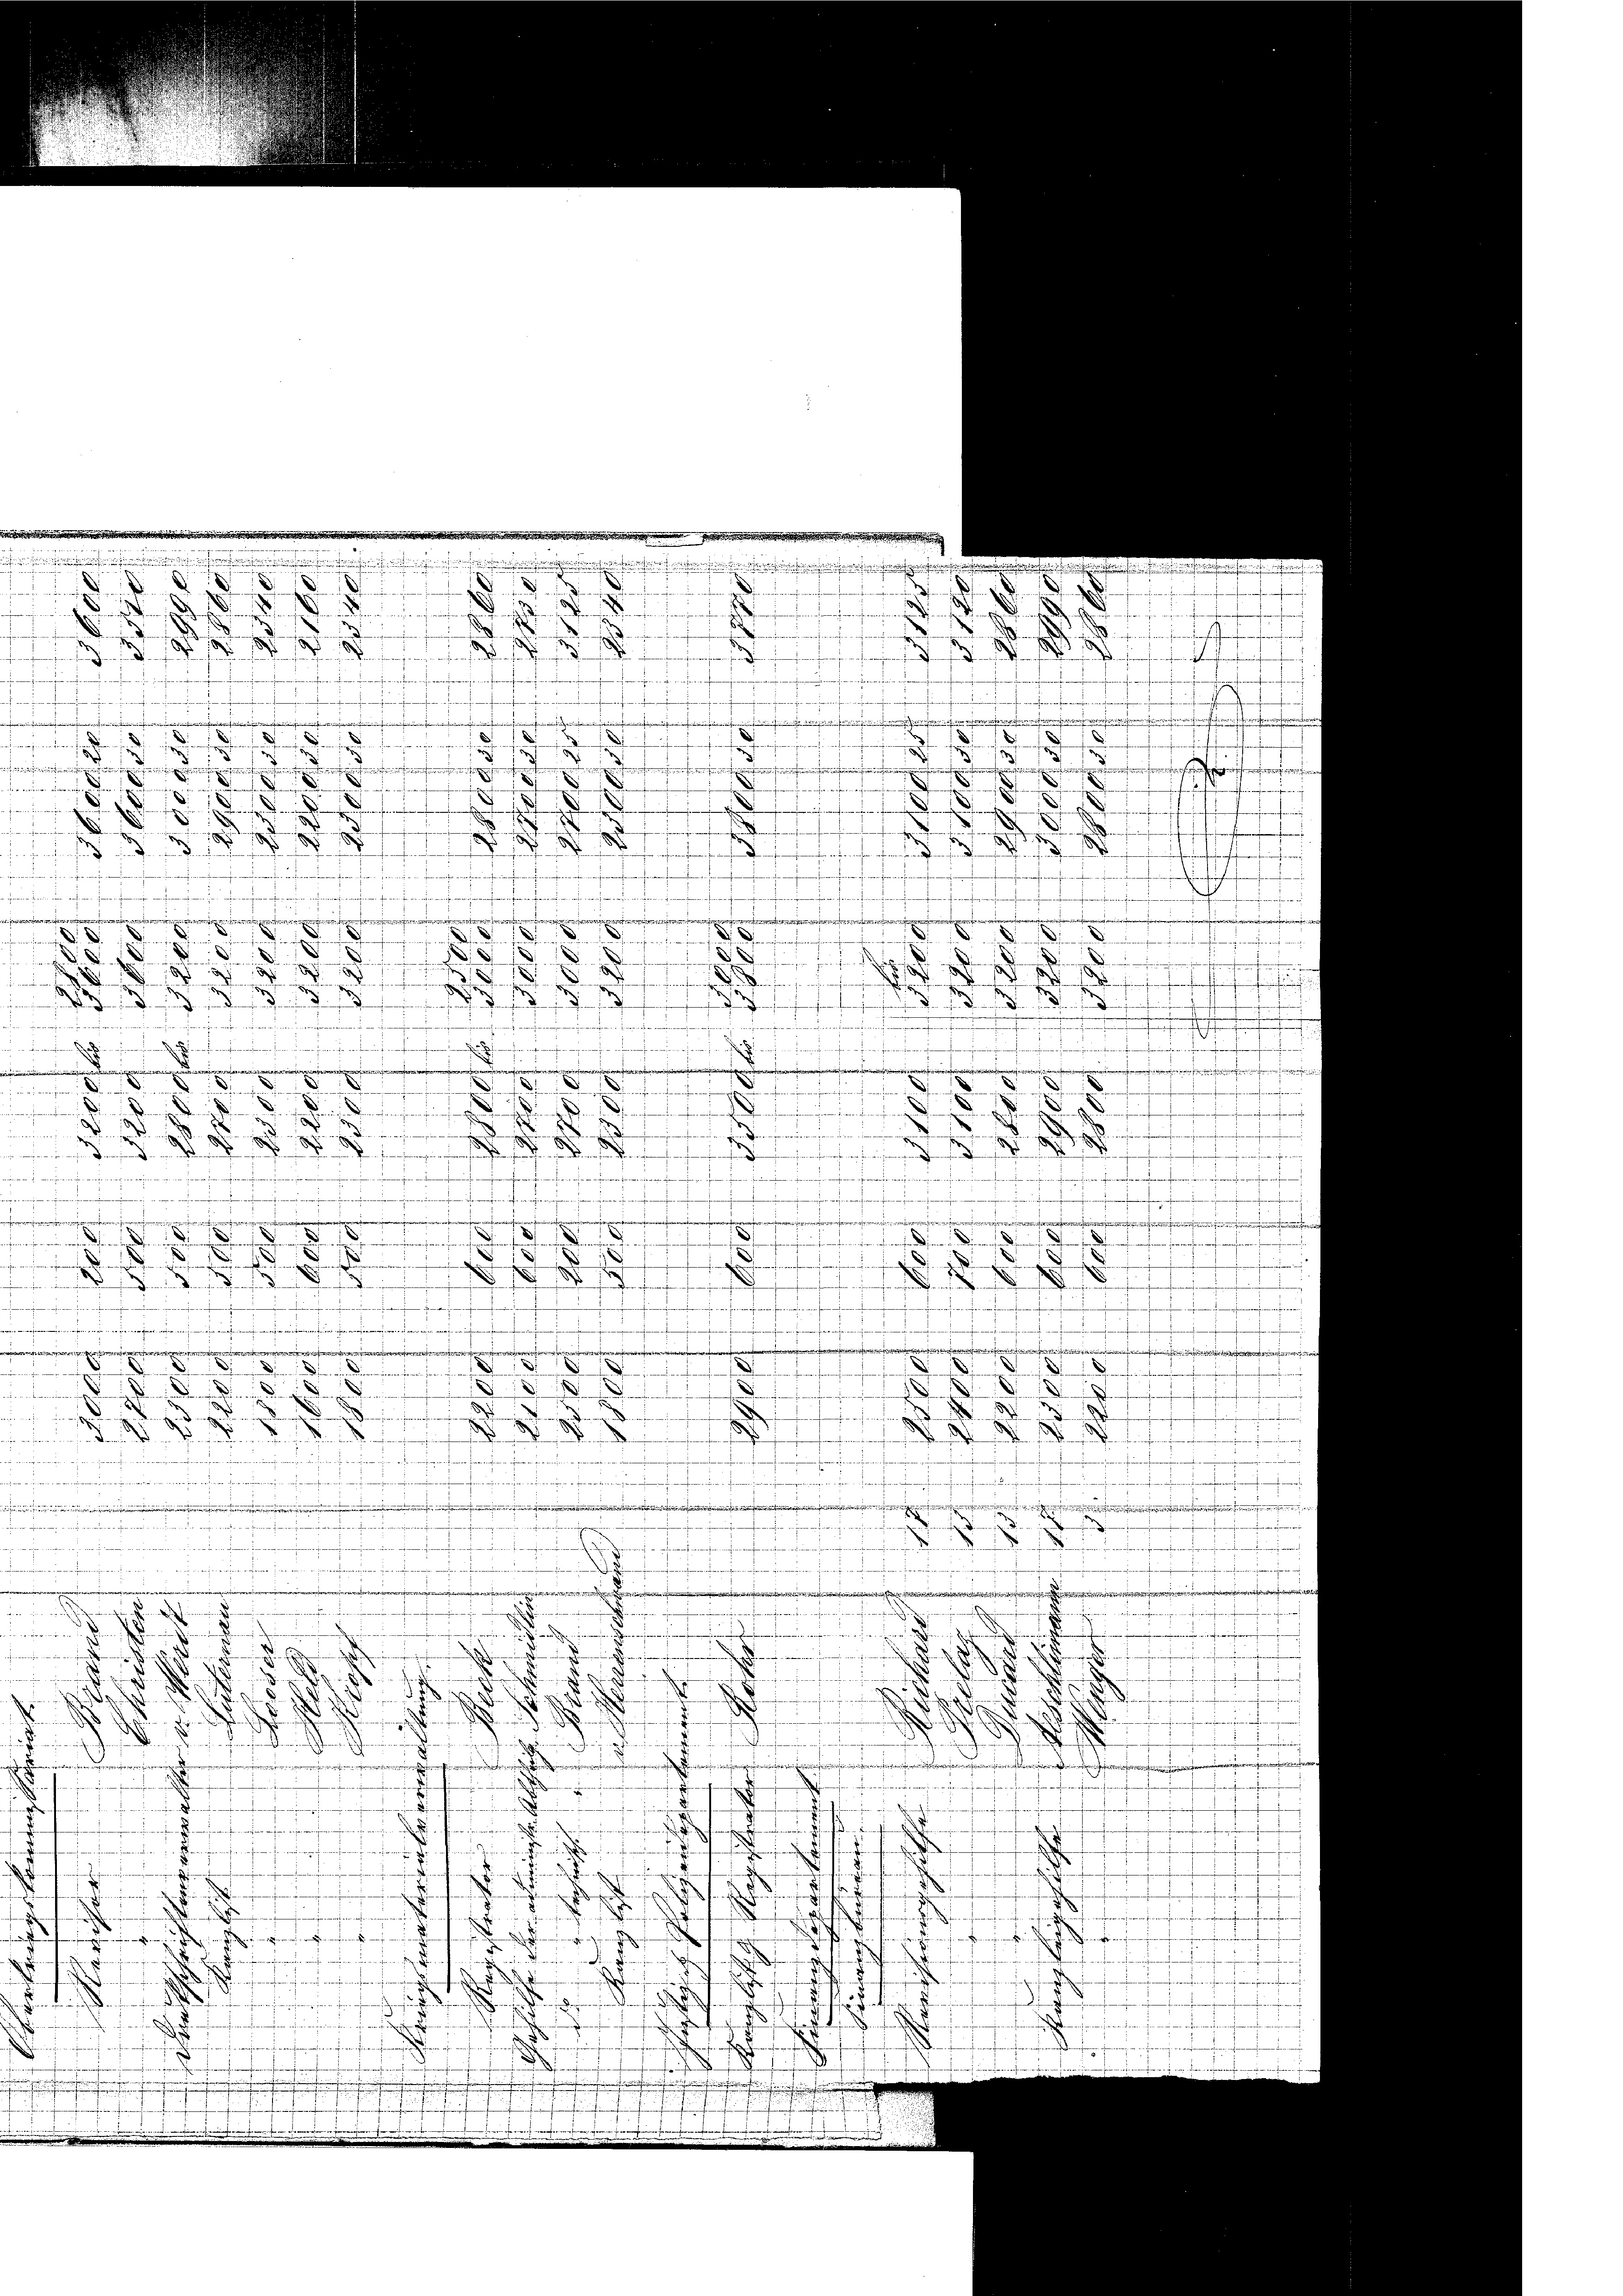
.

d
und
.

7
2
S. unferens einen gemeindern treffen
meindere auf einen
9
egessen sie unseren Besei

.
n
e
.
e
.
.
J
n
dein sei einen in
i
auch in ein
.
u
d
e
d
.
74.
.
.
irne eine

i

gen

Wheensterschreiten
.

.
.
d
.
efen
f
dem
nsen einfachen
Ao 18. Jahren
 unserere
.
f
 wenn er
.
2
e
f

e
e,
e
.
.
d
Sonnten nach ein seinen
.
afe
.
u
.
e
.
g
.

aemen

d
.
enfragen
n
.

.....
wann deren
E
denden seinen
i
.
e
.
.
.
.

s
E
.
fanien einen

g
.
d
No 147

.
—
n

e
e
n

u
.
d
enferienberein

1

e
s sehen
enaere
A
.

.
dmen,
.
.
n
Ferner sein. . . . . . .
e

.
.

t
e
7
e

e
anien
e
wem e
m
2
.

ge
F
d. an d
J
m
2
.
e
8
4
f
f
.

e
f
.
4
s

7
 in die
7
f
.
.
.
.
1

d
e
Seiteren seinandenden nich
.
wet einmale
nrufen, wie
d
r
rhanderungen
e
.
.
.
.
t
.
e
2
7
1
.
.
d
 . . . . . .
inen gemein und der
 wiedenen hineingen sein hie
n
i
.

.
.
.

.  ..

dund